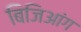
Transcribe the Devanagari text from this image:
बिजिआंग